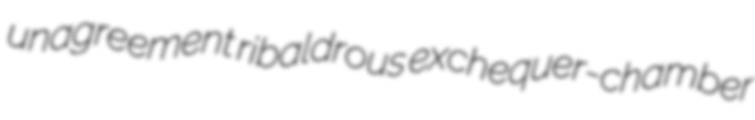
unagreement ribaldrous exchequer-chamber